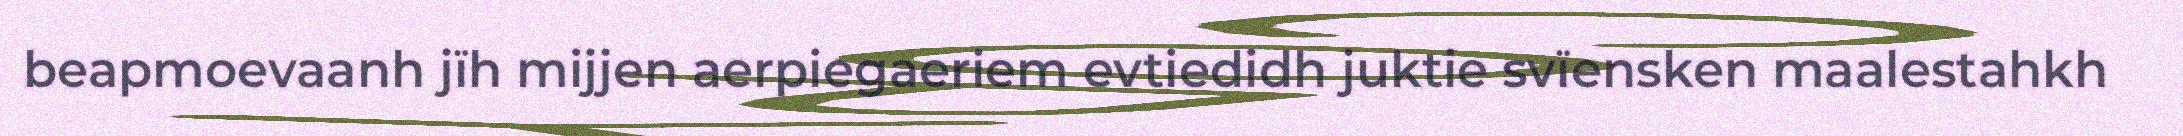
beapmoevaanh jïh mijjen aerpiegaeriem evtiedidh juktie svïensken maalestahkh